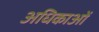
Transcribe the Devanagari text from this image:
अधिकाओं